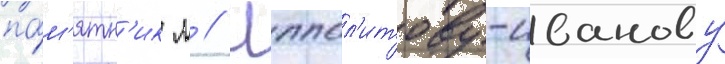
па́м'ятн'ик м // Иппол'итову-иванову